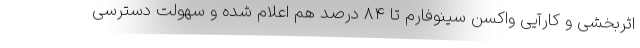
اثربخشی و کارآیی واکسن سینوفارم تا ۸۴ درصد هم اعلام شده و سهولت دسترسی